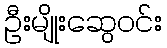
ဦးမျိုးဆွေဝင်း